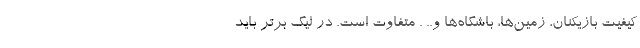
کیفیت بازیکنان، زمین‌ها، باشگاه‌ها و.. . متفاوت است. در لیگ برتر باید